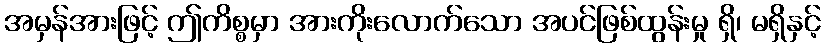
အမှန်အားဖြင့် ဤကိစ္စမှာ အားကိုးလောက်သော အပင်ဖြစ်ထွန်းမှု ရှိ၊ မရှိနှင့်